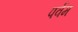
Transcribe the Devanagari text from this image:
पर्वम